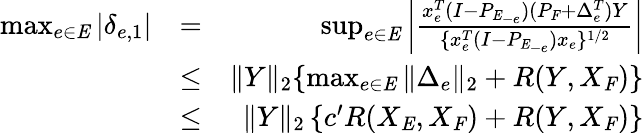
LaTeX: \begin{array}{rlr}{\operatorname*{max}_{e\in\mathit{E}}|\delta_{e,1}|}&{=}&{\operatorname*{sup}_{e\in\mathit{E}}\left|\frac{x_{e}^{T}(I-P_{\mathit{E}_{-e}})(P_{\mathit{F}}+\Delta_{e}^{T})Y}{\{ x_{e}^{T}(I-P_{\mathit{E}_{-e}})x_{e}\} ^{1/2}}\right|}\\ &{\leq}&{\| Y\| _{2}\{ \operatorname*{max}_{e\in\mathit{E}}\| \Delta_{e}\| _{2}+R(Y,X_{\mathit{F}})\} }\\ &{\leq}&{\| Y\| _{2}\left\{ c^{\prime}R(X_{\mathit{E}},X_{\mathit{F}})+R(Y,X_{\mathit{F}})\right\} }\end{array}